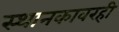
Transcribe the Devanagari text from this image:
स्थानकावरही